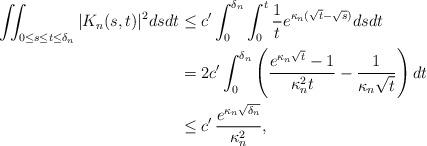
LaTeX: \begin{align*} \iint_{ 0 \le s \le t \le \delta_n} | K_n(s,t)|^2 ds dt & \le c' \int_0^{\delta_n} \int_0^t \frac{1}{t} e^{\kappa_n (\sqrt{t} - \sqrt{s} )} ds dt \\ & = 2 c' \int_0^{\delta_n} \left( \frac{e^{\kappa_n \sqrt{t}} - 1}{\kappa_n^2 t} - \frac{1}{\kappa_n \sqrt{t}} \right) dt \\ & \le c' \, \frac{e^{\kappa_n \sqrt{{\delta_n}}}}{\kappa_n^2}, \end{align*}